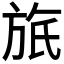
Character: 𣃮